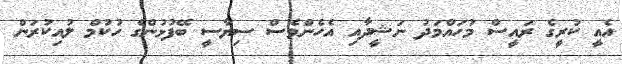
އެއީ ކުރީގެ ރައީސް މުހައްމަދު ނަޝީދާއި އެހެންވެސް ސިޔާސީ ބޭފުޅުންގެ ހުކުމް ލުއިކުރަން